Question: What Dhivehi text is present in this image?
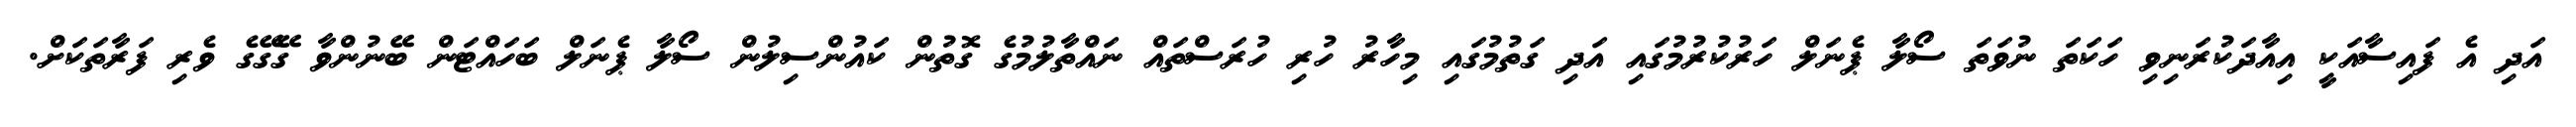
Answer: އަދި އެ ފައިސާއަކީ އިއާދަކުރަނިވި ހަކަތަ ނުވަތަ ސޯލާ ޕެނަލް ހަރުކުރުމުގައި އަދި ގަތުމުގައި މިހާރު ހުރި ހުރަސްތައް ނައްތާލުމުގެ ގޮތުން ކައުންސިލުން ސޯލާ ޕެނަލް ބަހައްޓަން ބޭނުންވާ ގޭގޭގެ ވެރި ފަރާތަކަށް.